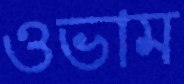
ওভাম